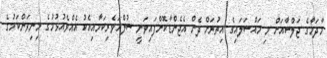
މާދަމާގެ ޖަލްސާއަށް މި މައްސަލައިގެ އިތުރަށް ދެން އެޖެންޑާކޮށްފައިވަނީ ސުލްހަވެރިކަމާއިއެކު އެއްވެއުޅުމުގެ މިނިވަންކަމުގެ